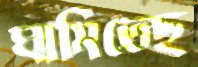
ঘামিতেছ